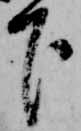
下